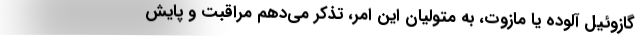
گازوئیل آلوده یا مازوت، به متولیان این امر، تذکر می‌دهم مراقبت و پایش